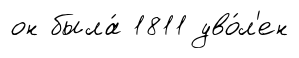
он была́ 1811 уво́л'ен